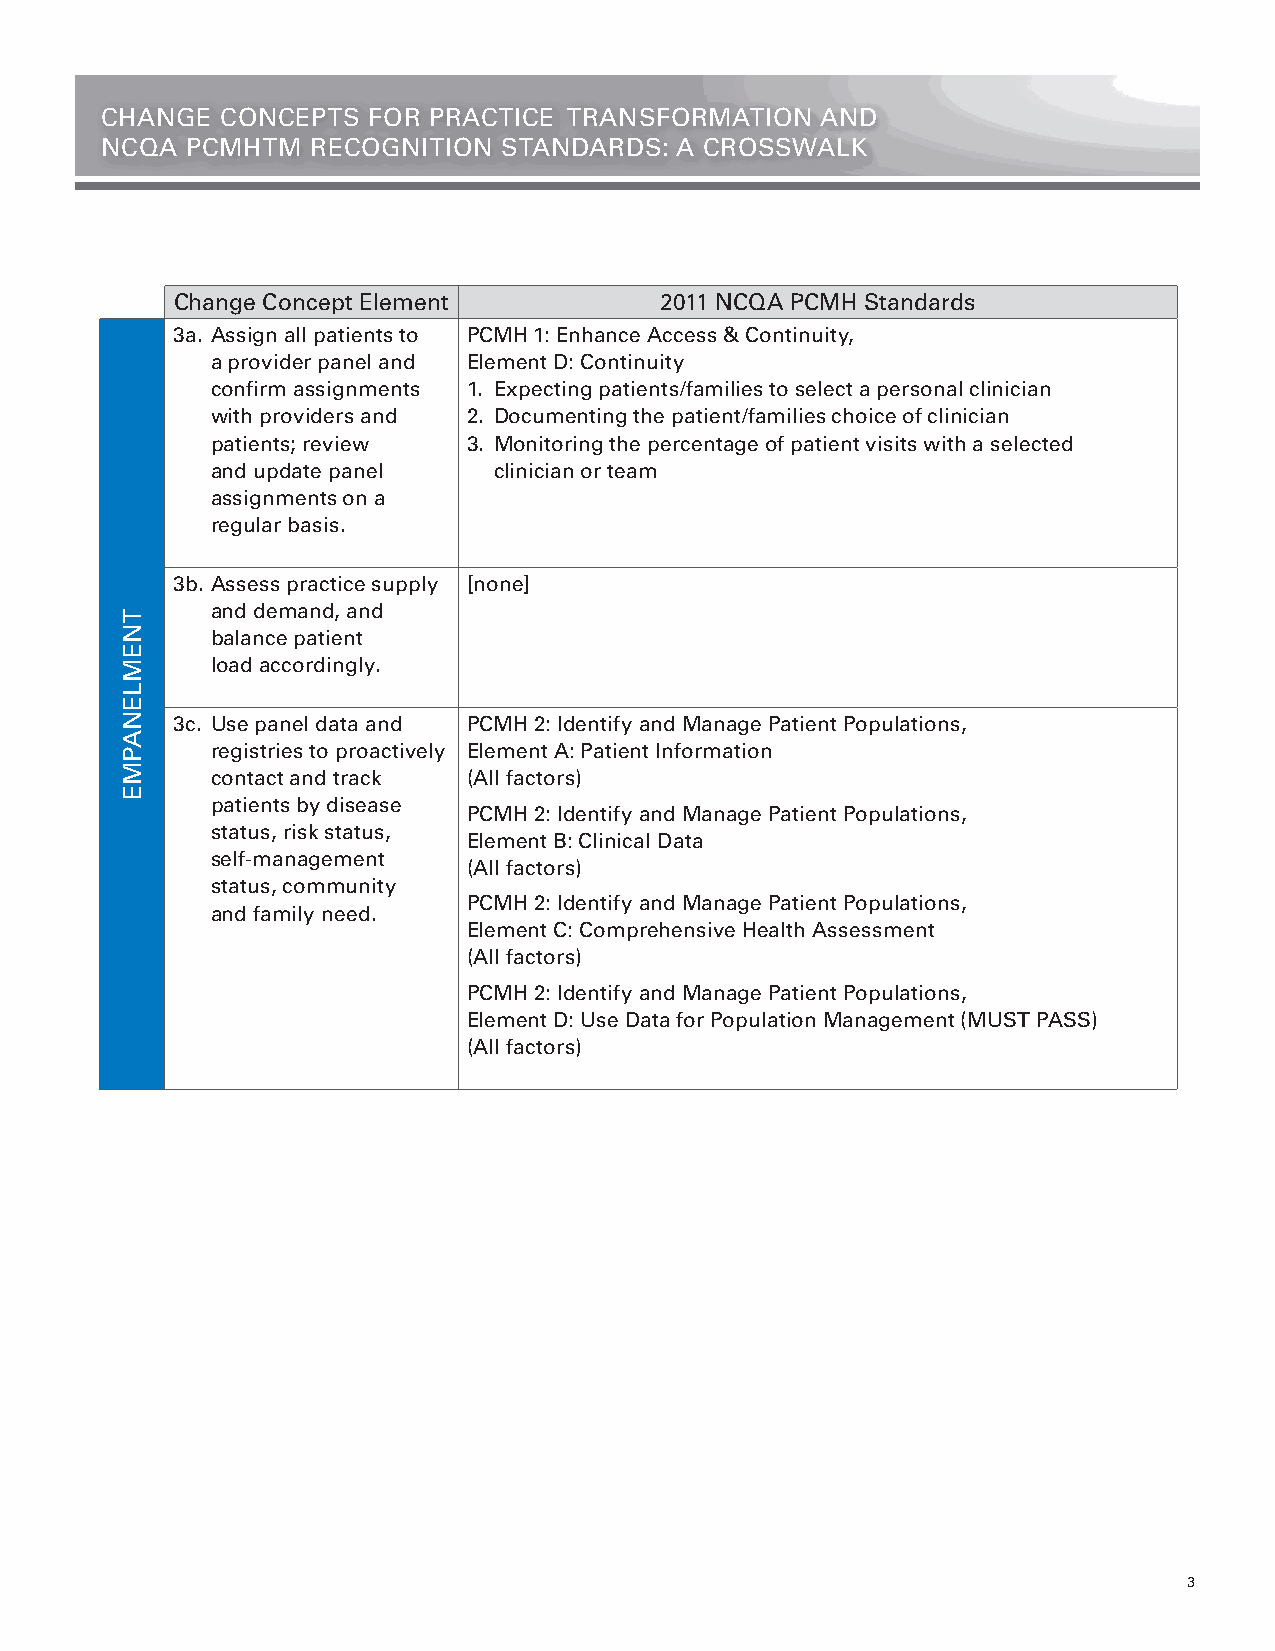
CHANGE  CONCEPTS FOR PRACTICE TRANSFORMATION   AND
 NCQA PCMHTM   RECOGNITION STANDARDS:  A CROSSWALK
 Change Concept Element          2011 NCQA PCMH Standards
 3a. Assign all patients to PCMH 1: Enhance Access & Continuity,
 a provider panel and Element D: Continuity
 confirm assignments 1. Expecting patients/families to select a personal clinician
 with providers and 2. Documenting the patient/families choice of clinician
 patients; review 3. Monitoring the percentage of patient visits with a selected
 and update panel   clinician or team
 assignments on a
 regular basis.
 3b. Assess practice supply [none]
 and demand, and
 balance patient
 load accordingly.
 3c. Use panel data and PCMH 2: Identify and Manage Patient Populations,
 registries to proactively Element A: Patient Information
 contact and track (All factors)
 patients by disease
 PCMH 2: Identify and Manage Patient Populations,
 status, risk status,
 Element B: Clinical Data
 self-management
 (All factors)
 status, community
 PCMH 2: Identify and Manage Patient Populations,
 and family need.
 Element C: Comprehensive Health Assessment
 (All factors)
 PCMH 2: Identify and Manage Patient Populations,
 Element D: Use Data for Population Management (MUST PASS)
 (All factors)
 3
 TNEMLENAPME